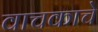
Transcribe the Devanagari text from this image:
वाचकाचे